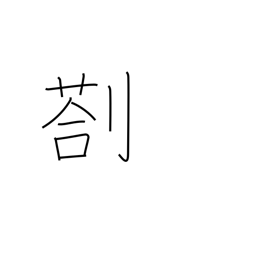
Meaning: remain